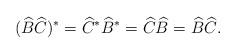
LaTeX: \begin{align*}(\widehat{B}\widehat{C})^*= \widehat{C}^* \widehat{B}^* = \widehat{C}\widehat{B} = \widehat{B}\widehat{C}.\end{align*}